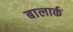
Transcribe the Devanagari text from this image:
बालार्क